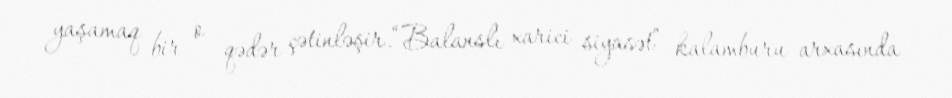
yaşamaq bir o qədər çətinləşir.“Balanslı xarici siyasət” kalamburu arxasında